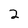
Character: 2